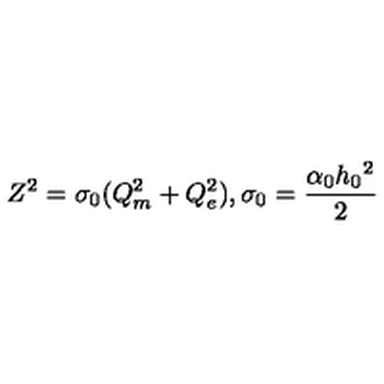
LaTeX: Z ^ { 2 } = \sigma _ { 0 } ( Q _ { m } ^ { 2 } + Q _ { e } ^ { 2 } ) , \sigma _ { 0 } = \frac { \alpha _ { 0 } h _ { 0 } { } ^ { 2 } } { 2 }